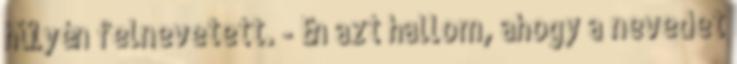
hülyén felnevetett. - Én azt hallom, ahogy a nevedet